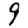
Digit: 9